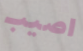
اصيب